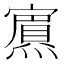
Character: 𭶞